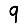
Digit: 9